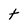
Character: t